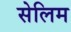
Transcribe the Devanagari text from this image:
सेलिम